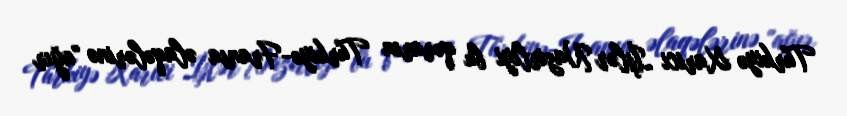
Türkiyə Xarici İşlər Nazirliyi bu qərarın Türkiyə-Fransa əlaqələrinə "ağır